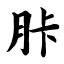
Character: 胩